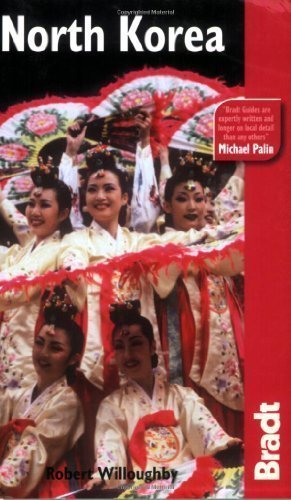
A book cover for North Korea (Bradt Travel Guides) of Willoughby, Robert 2nd (second) Edition on 15 November 2007; Travel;